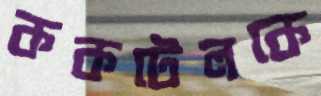
ককটেলকে